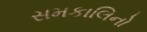
સમકાલિનો